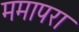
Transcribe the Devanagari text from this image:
ममापरा